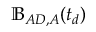
\mathbb { B } _ { A D , A } ( t _ { d } )